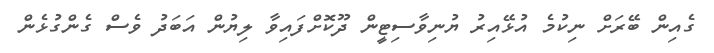
ގެއިން ބޭރަށް ނިކުމެ އުޅޭއިރު ޔުނިވާސިޓީން ދޫކޮށްފައިވާ ލިޔުން އަބަދު ވެސް ގެންގުޅެން